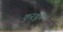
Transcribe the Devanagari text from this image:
कुरकूर